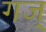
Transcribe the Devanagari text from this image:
गज्